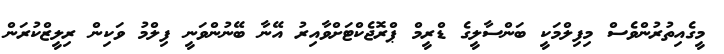
މީގެއިތުރުންވެސް މިފިލްމަކީ ބަންސާލީގެ ޑްރީމް ޕްރޮޖެކްޓަށްވާއިރު އޭނާ ބޭނުންވަނީ ފިލްމު ވަކިން ރިލީޒްކުރަން